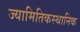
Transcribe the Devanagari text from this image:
ज्यामितिकस्थानिक